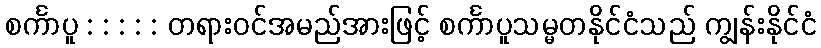
စင်္ကာပူ : : : : : တရားဝင်အမည်အားဖြင့် စင်္ကာပူသမ္မတနိုင်ငံသည် ကျွန်းနိုင်ငံ